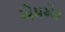
એમએફ